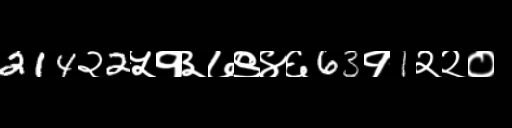
Text: 214२2५१३७९४६63१1२२०